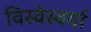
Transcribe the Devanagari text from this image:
विस्वेस्वर्या